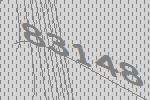
83148